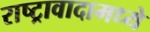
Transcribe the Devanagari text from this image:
राष्ट्रावादामध्ये